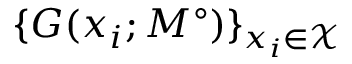
\{ G ( x _ { i } ; M ^ { \circ } ) \} _ { x _ { i } \in \mathcal { X } }